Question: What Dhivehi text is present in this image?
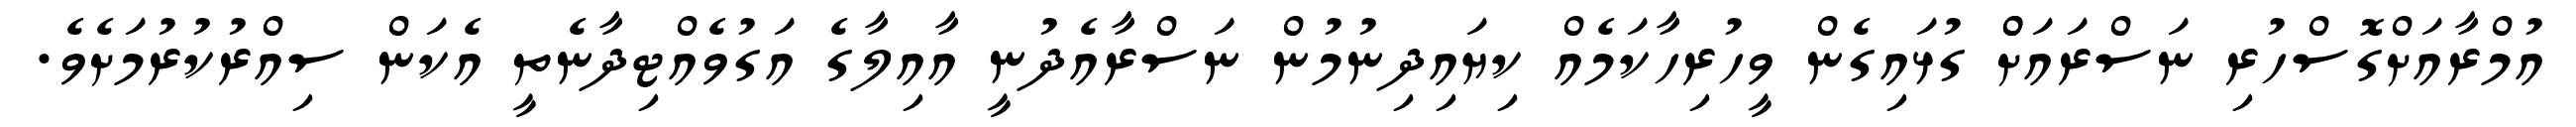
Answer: އުމްރާއަށްގޮސްހުރި ނަސްރައަށްް ގުޅައިގެން ވީހުރިހާކަމެއް ކިޔައިދިނުމުން ނަސްރާއެދުނީ އާއިލާގެ އަގުވެއްޓިދާނެތީ އެކަން ސިއްރުކުރުމަށެވެ.